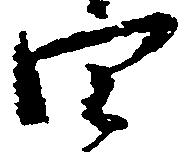
四